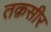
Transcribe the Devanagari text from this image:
तक़सीर